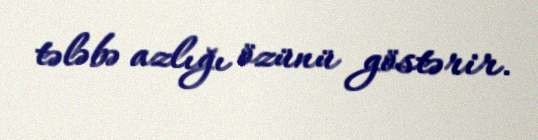
tələbə azlığı özünü göstərir.